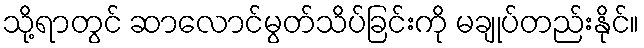
သို့ရာတွင် ဆာလောင်မွတ်သိပ်ခြင်းကို မချုပ်တည်းနိုင်။